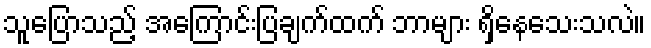
သူပြောသည့် အကြောင်းပြချက်ထက် ဘာများ ရှိနေသေးသလဲ။